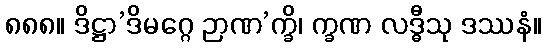
၈၈၈။ ဒိဋ္ဌာ’ဒိမဂ္ဂေ ဉာဏ’က္ခိ၊ က္ခဏ လဒ္ဓီသု ဒဿနံ။